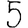
Digit: 5